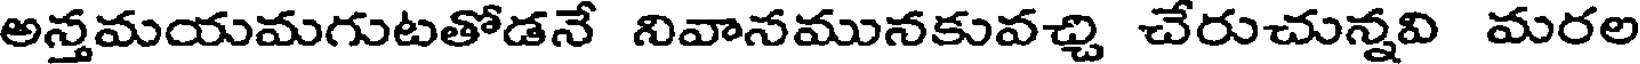
అన్తమయమగుటతోడనే నివానమునకువచ్చి చేరుచున్నవి మరల